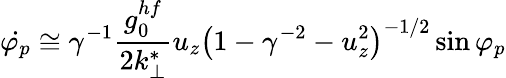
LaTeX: \dot{\varphi_{p}}\cong\gamma^{-1}\frac{g_{0}^{hf}}{2k_{\perp}^{*}}u_{z}\left(1-\gamma^{-2}-u_{z}^{2}\right)^{-1/2}\sin\varphi_{p}